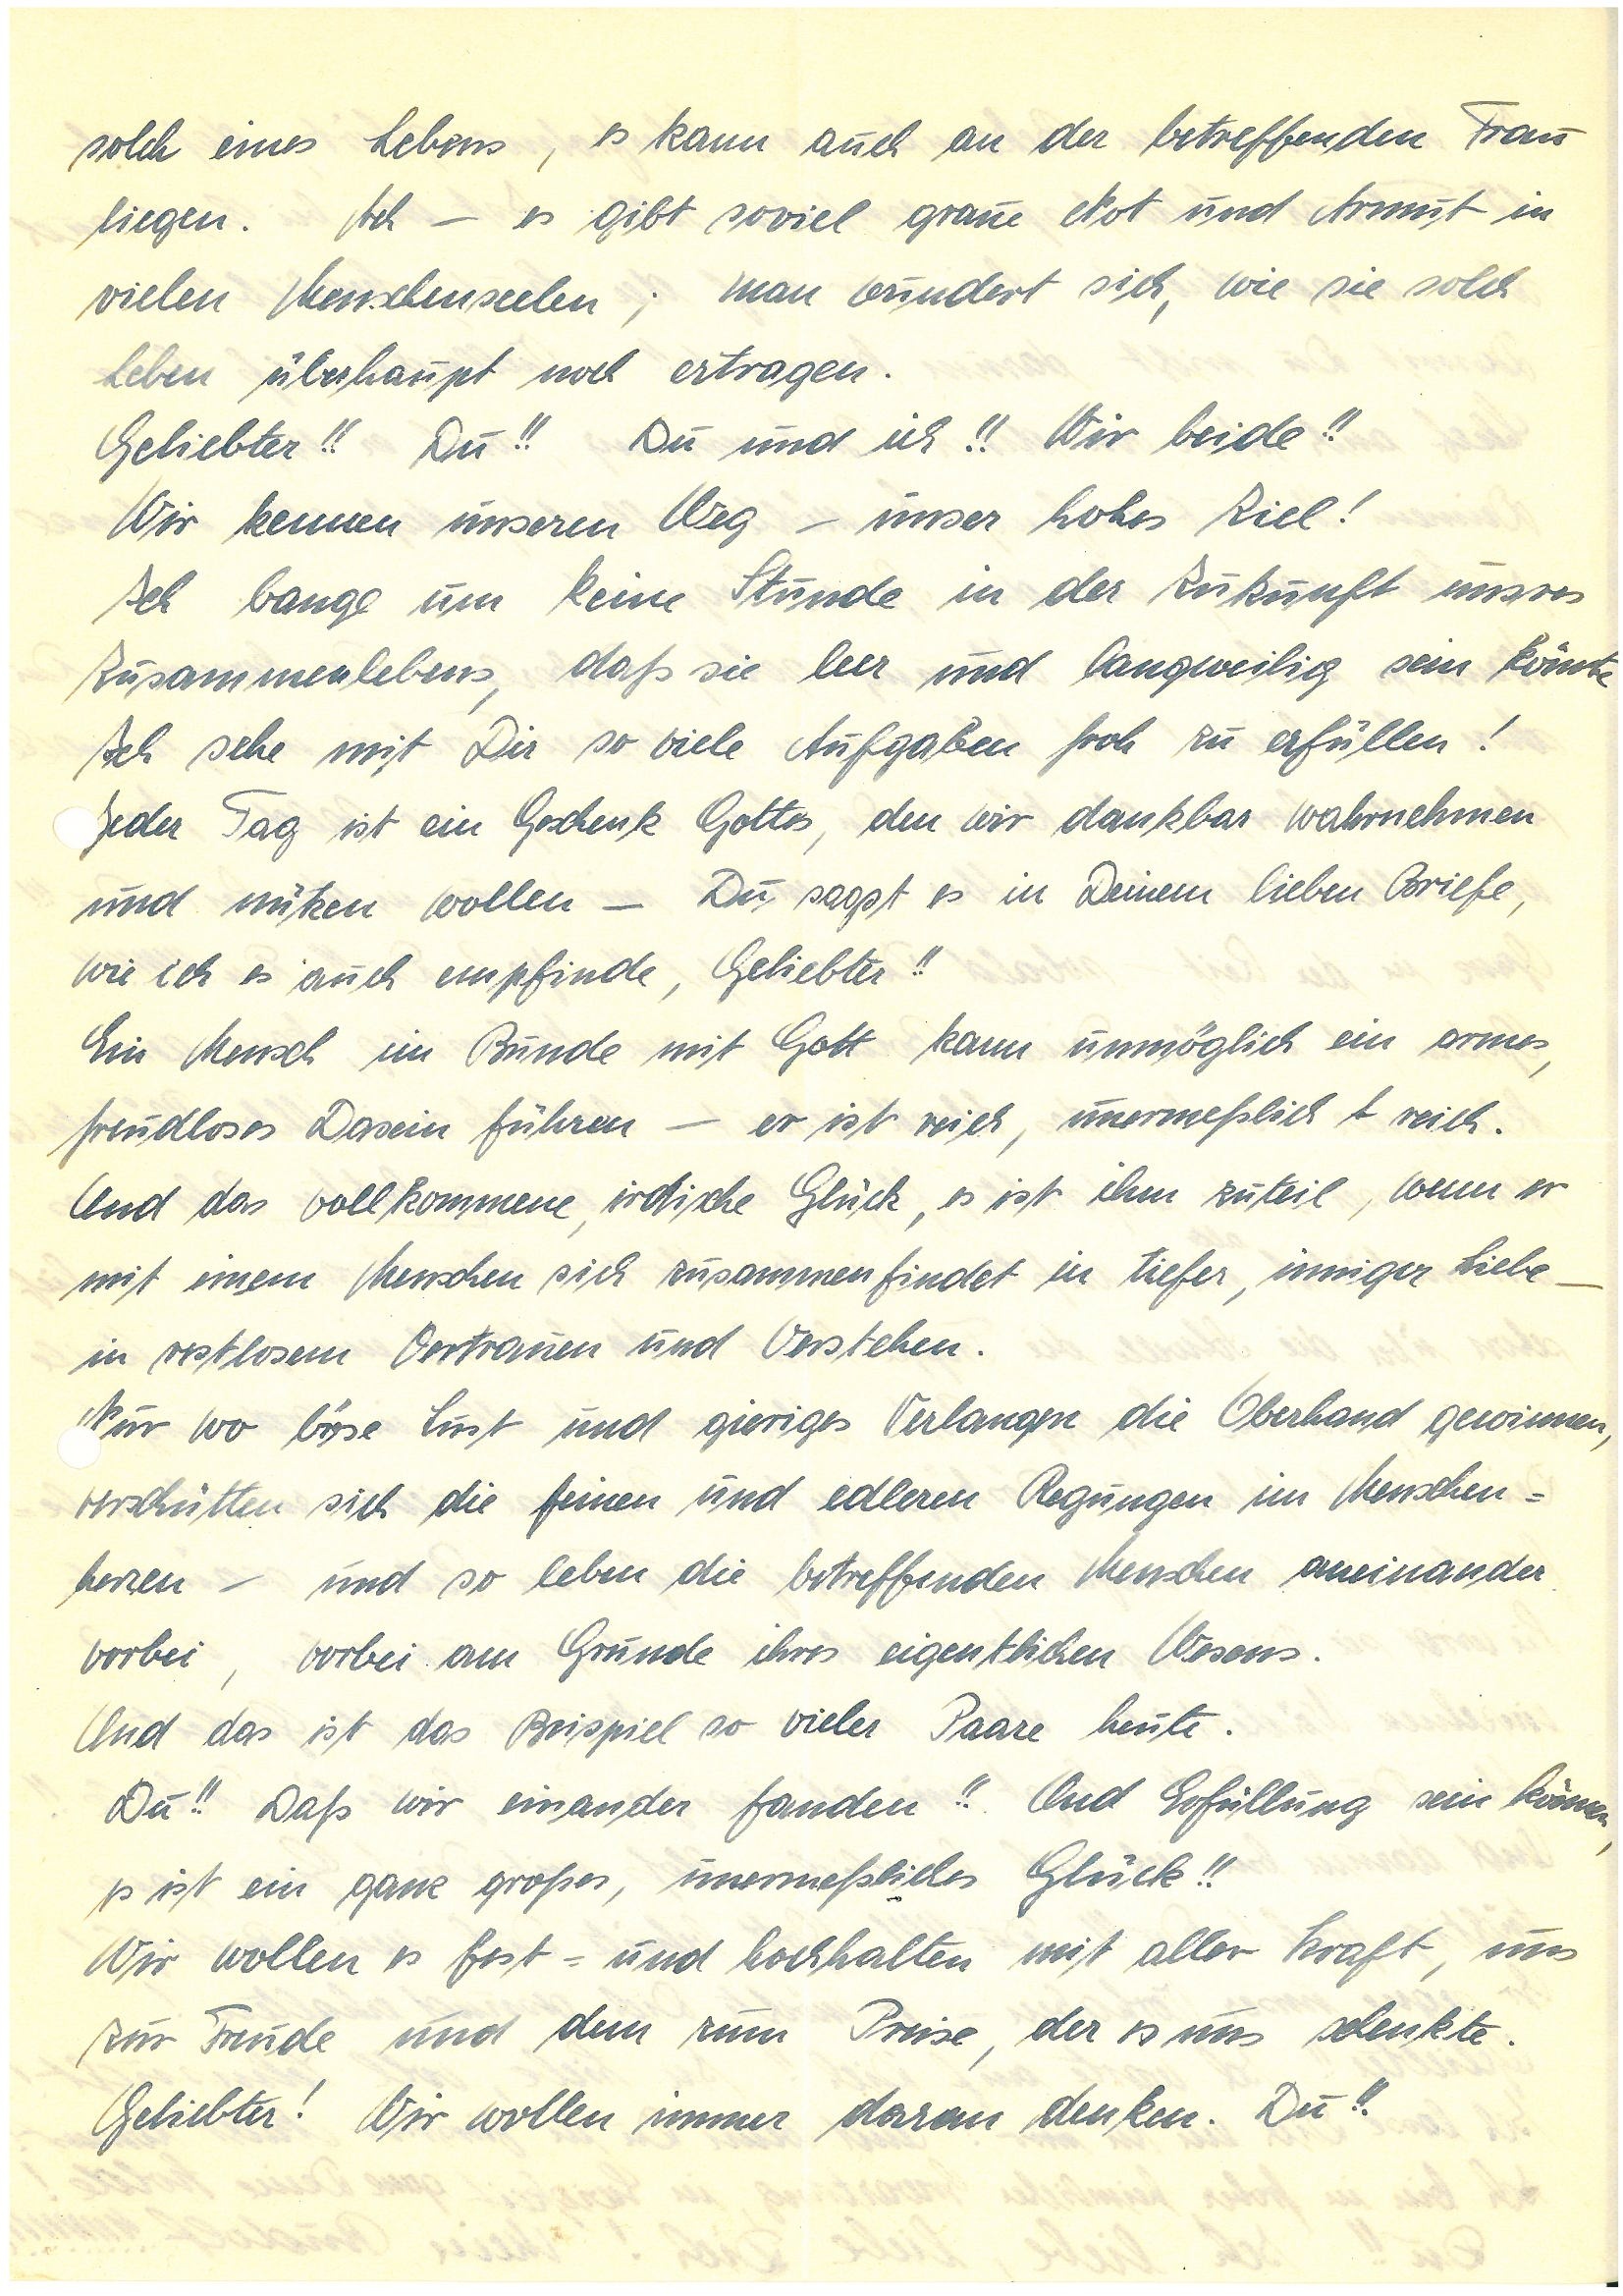
solch eines Lebens, es kann auch an der betreffenden Frau
liegen. Ach – es gibt soviel graue Not und Armut in
vielen Menschenseelen; man wundert sich, wie sie solch
Leben überhaupt noch ertragen.
Geliebter!! Du!! Du und ich!! Wir beide!!
Wir kennen unseren Weg – unser hohes Ziel!
Ich bange um keine Stunde in der Zukunft unsres
Zusammenlebens, daß sie leer und langweilig sein könnte
Ich sehe mit Dir so viele Aufgaben froh zu erfüllen!
Jeder Tag ist ein Geschenk Gottes, den wir dankbar wahrnehmen
und nutzen wollen – Du sagst es in Deinem lieben Briefe,
wie ich es auch empfinde, Geliebter!!
Ein Mensch im Bunde mit Gott kann unmöglich ein armes,
freudloses Dasein führen – er ist reich, unermeßlich l reich.
Und das vollkommene, irdische Glück, es ist ihm zuteil, wenn er
mit einem Menschen sich zusammen findet in tiefer, inniger Liebe –
in restlosem Vertrauen und Verstehen.
Nur wo böse Lust und gieriges Verlangen die Oberhand gewinnen,
verschütten sich die feinen und edleren Regungen im Menschen¬
herzen – und so leben die betreffenden Menschen aneinander
vorbei, vorbei am Grunde ihres eigentlichen Wesens.
Und das ist das Beispiel so vieler Paare heute.
Du!! Daß wir einander fanden!! Und Erfüllung sein können,
es ist ein ganz großes, unermeßliches Glück!!
Wir wollen es fest- und hochhalten mit aller Kraft, uns
zur Freude und dem zum Preise, der es uns schenkte.
Geliebter! Wir wollen immer daran denken. Du!!